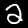
Label: 2